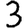
Digit: 3